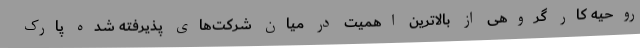
روحیه کار گروهی از بالاترین اهمیت در میان شرکت‌های پذیرفته شده پارک